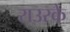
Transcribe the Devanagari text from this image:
राउरके